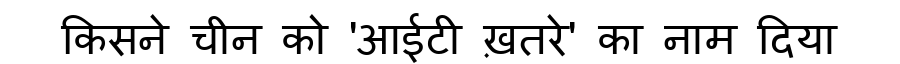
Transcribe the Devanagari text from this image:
किसने चीन को 'आईटी ख़तरे' का नाम दिया